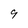
Character: 9